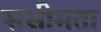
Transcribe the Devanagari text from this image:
ससीमता